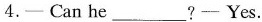
4.- Can he___?- Yes.